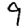
Digit: 9